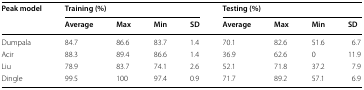
| <ROWSPAN=2> Peak model | <COLSPAN=4> Training (%) | <COLSPAN=4> Testing (%) |
 | Average | Max | Min | SD | Average | Max | Min | SD |
 | --- | --- | --- | --- | --- | --- | --- | --- | --- |
 | Dumpala | 84.7 | 86.6 | 83.7 | 1.4 | 70.1 | 82.6 | 51.6 | 6.7 |
 | Acir | 88.3 | 89.4 | 86.6 | 1.4 | 36.9 | 62.6 | 0 | 11.9 |
 | Liu | 78.9 | 83.7 | 74.1 | 2.6 | 52.1 | 71.8 | 37.2 | 7.9 |
 | Dingle | 99.5 | 100 | 97.4 | 0.9 | 71.7 | 89.2 | 57.1 | 6.9 |